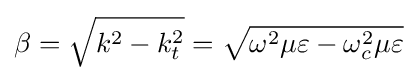
\beta ={\sqrt {k^{2}-k_{t}^{2}}}={\sqrt {\omega ^{2}\mu \varepsilon -\omega _{c}^{2}\mu \varepsilon }}